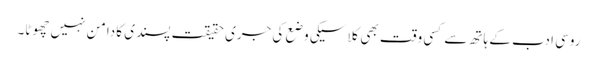
روسی ادب کے ہاتھ سے کسی وقت بھی کلاسیکی وضع کی جری حقیقت پسندی کا دامن نہیں چھوٹا۔